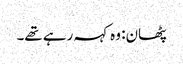
پٹھان: وہ کہہ رہے تھے۔